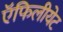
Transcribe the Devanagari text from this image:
ऍफिलीयेट